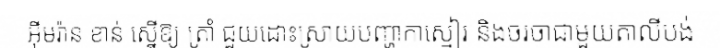
អ៊ីមរ៉ាន ខាន់ ស្នើឱ្យ ត្រាំ ជួយដោះស្រាយបញ្ហាកាស្មៀរ និងចរចាជាមួយតាលីបង់